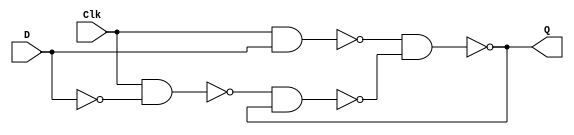
// A gated D Latch
module gated_D_latch (Clk, D, Q);
input Clk, D;
output Q;

wire S, R, S_g, R_g, Qa, Qb /* synthesis keep */ ;

assign S = D;
assign R = ~D;
assign R_g = ~(Clk & R);
assign S_g = ~(Clk & S);
assign Qa = ~(S_g & Qb);
assign Qb = ~(R_g & Qa);
assign Q = Qa;

endmodule